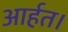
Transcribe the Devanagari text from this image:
आर्हत।